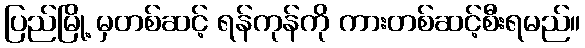
ပြည်မြို့ မှတစ်ဆင့် ရန်ကုန်ကို ကားတစ်ဆင့်စီးရမည်။